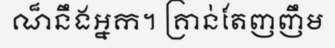
ណ៏នឹងអ្នក។ គ្រាន់តែញញឹម